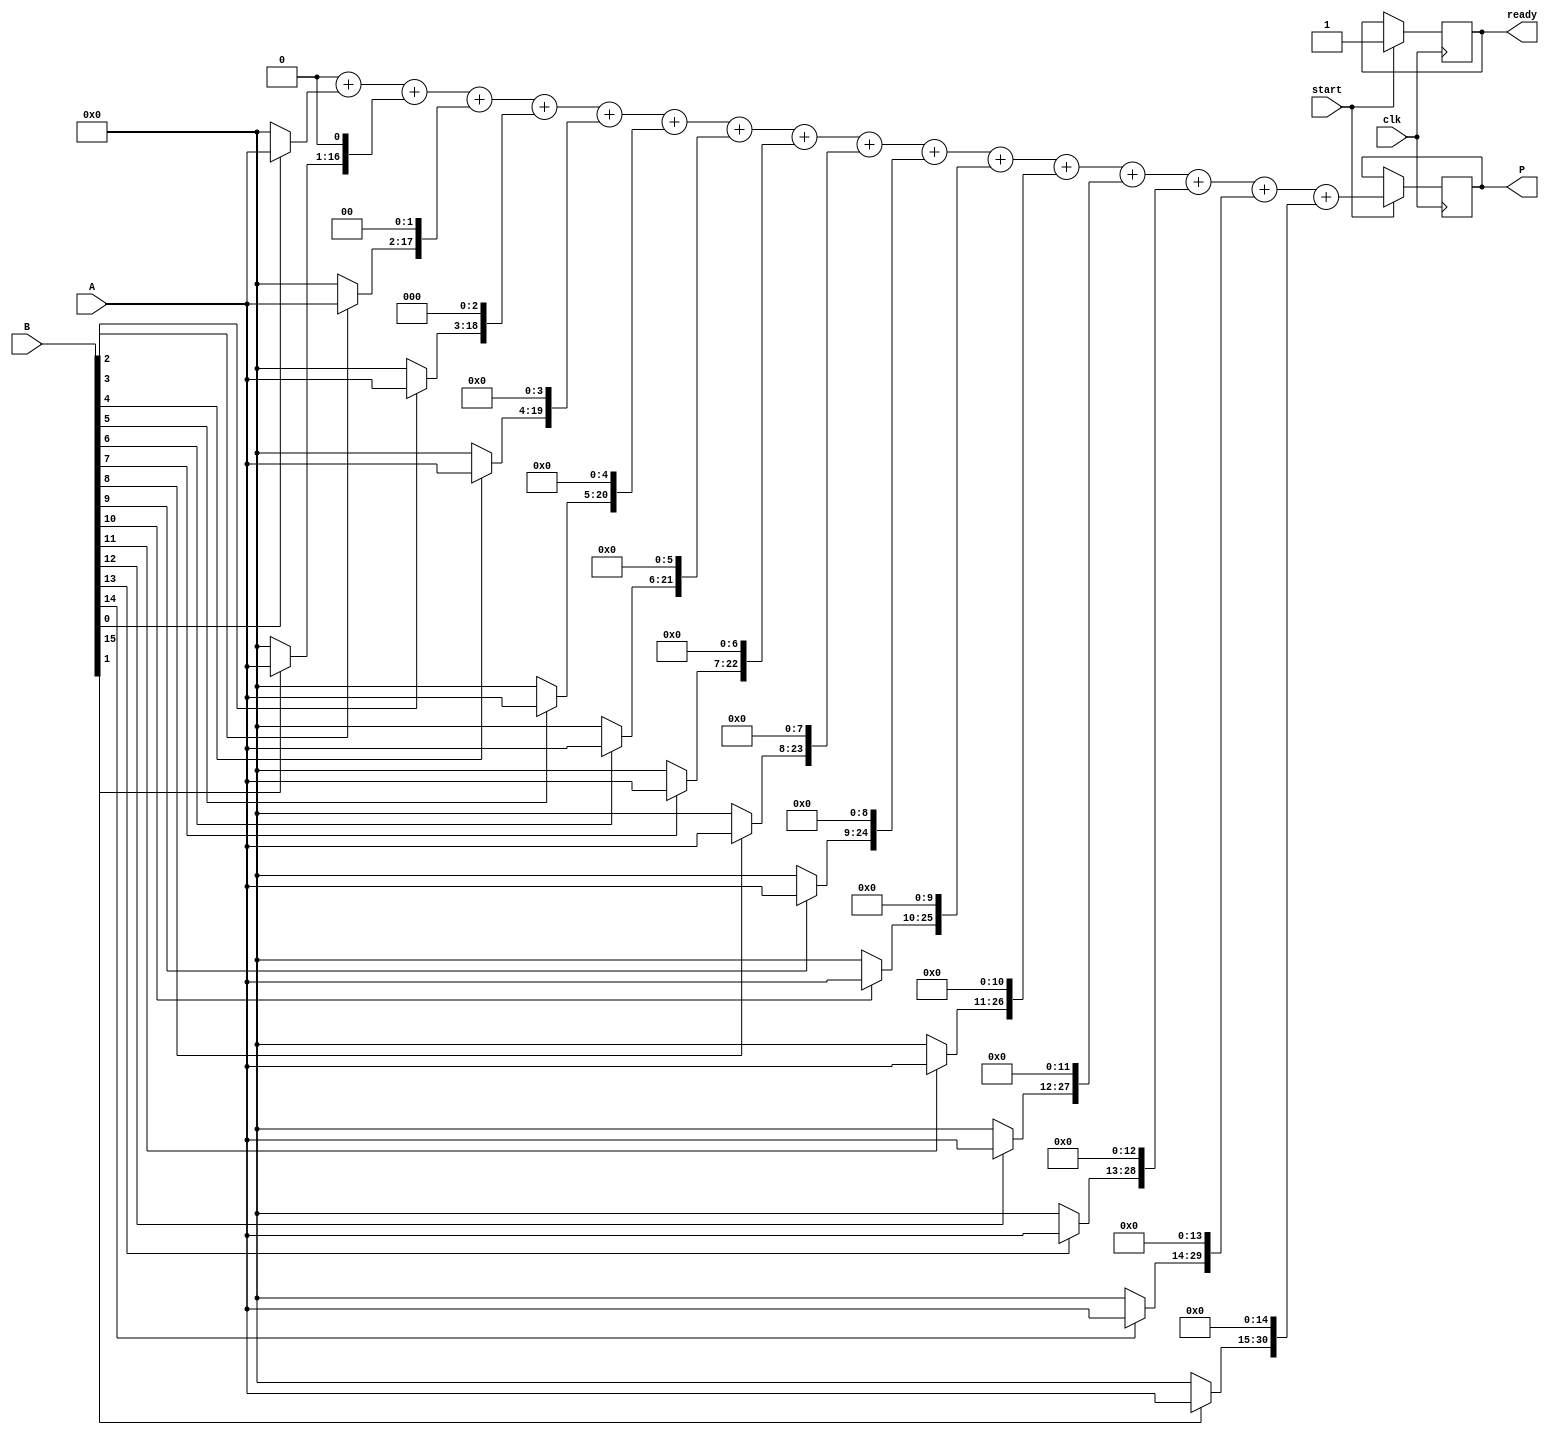
module variable_length_wallace_tree_multiplier #(parameter MAX_WIDTH = 16) (
    input wire [MAX_WIDTH-1:0] A, // Multiplicand
    input wire [MAX_WIDTH-1:0] B, // Multiplier
    input wire clk,                // Clock signal
    input wire start,              // Start signal
    output reg [2*MAX_WIDTH-1:0] P, // Product
    output reg ready               // Ready signal
);

    reg [2*MAX_WIDTH-1:0] partial_products[MAX_WIDTH-1:0]; // Store partial products
    reg [2*MAX_WIDTH-1:0] sum, carry; // For final addition
    integer i, j;

    // Generate partial products
    always @(posedge clk) begin
        if (start) begin
            ready <= 0;
            // Generate partial products
            for (i = 0; i < MAX_WIDTH; i = i + 1) begin
                partial_products[i] = (B[i] ? A : 0) << i; // Shift A by i if B[i] is 1
            end
            // Start reduction
            sum = 0;
            carry = 0;
            for (i = 0; i < MAX_WIDTH; i = i + 1) begin
                sum = sum + partial_products[i]; // Sum all partial products
            end
            P <= sum; // Assign final product
            ready <= 1; // Indicate that multiplication is done
        end
    end

endmodule